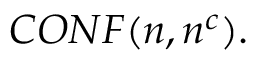
C O N F ( n , n ^ { c } ) .